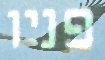
פניו